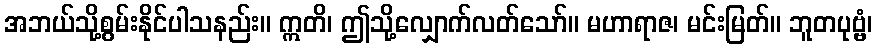
အဘယ်သို့စွမ်းနိုင်ပါသနည်း။ ဣတိ၊ ဤသို့လျှောက်လတ်သော်။ မဟာရာဇ၊ မင်းမြတ်။ ဘူတပုဗ္ဗံ၊